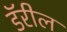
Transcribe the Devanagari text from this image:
डॅरील